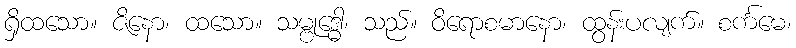
ရှိထသော။ ဇိနော၊ ထသော။ သမ္ဗုဒ္ဓေါ၊ သည်။ ဝိရောစမာနော၊ ထွန်းပလျက်။ စင်္ကမေ၊